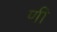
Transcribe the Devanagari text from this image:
णी